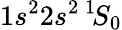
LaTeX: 1s^{2}2s^{2}\, ^{1\! }S_{0}